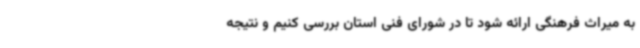
به میراث فرهنگی ارائه شود تا در شورای فنی استان بررسی کنیم و نتیجه